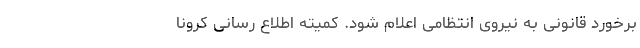
برخورد قانونی به نیروی انتظامی اعلام شود. کمیته اطلاع رسانی کرونا